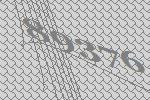
89376